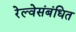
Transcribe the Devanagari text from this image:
रेल्वेसंबंधित